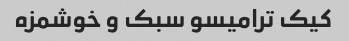
کیک ترامیسو سبک و خوشمزه